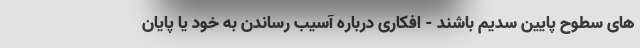
های سطوح پایین سدیم باشند - افکاری درباره آسیب رساندن به خود یا پایان